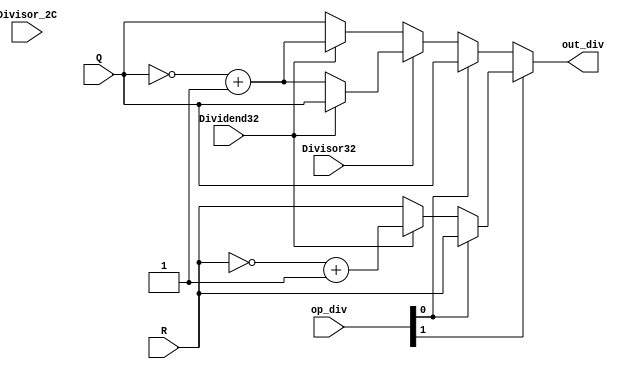
module DIVout(
    input [31:0] Q,
    input [31:0] R,
    input Dividend32,
    input [31:0] Divisor_2C,
    input Divisor32,
    input [1:0] op_div,
    output [31:0] out_div);

    wire [31:0] Q_2C, R_2C, out_Rs, out_Qs, out_Q, out_R;
    wire [1:0] signs;

    assign Q_2C = ~Q + 1;
    assign R_2C = ~R + 1;

    assign signs = {Divisor32, Dividend32};
    assign out_Qs = signs[1] ? (signs[0] ? Q : Q_2C) : (signs[0] ? Q_2C : Q);
    assign out_Q = op_div[0] ? Q : out_Qs;

    assign out_Rs = signs[0] ? R_2C : R;
    assign out_R = op_div[0] ? R : out_Rs;

    assign out_div = op_div[1] ? out_R : out_Q;

endmodule

module MULout(
    input [63:0] P,
    input M_inA32,
    input M_inB32,
    input [1:0] op_mul,
    output [31:0] out_mul
    );

    wire [63:0] P_2C, P_s, P_su;
    wire [1:0] signs;

    assign P_2C = ~P + 1;

    assign signs = {M_inA32, M_inB32};

    assign P_s = signs[1] ? (signs[0] ? P : P_2C) : (signs[0] ? P_2C : P);
    assign P_su = signs[1] ? P_2C : P;


    assign out_mul = op_mul[1] ? (op_mul[0] ? P[63:32] : P_su[63:32]) : (op_mul[0] ? P_s[63:32] : P_s[31:0]);

endmodule